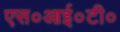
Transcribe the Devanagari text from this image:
एस०आई०टी०